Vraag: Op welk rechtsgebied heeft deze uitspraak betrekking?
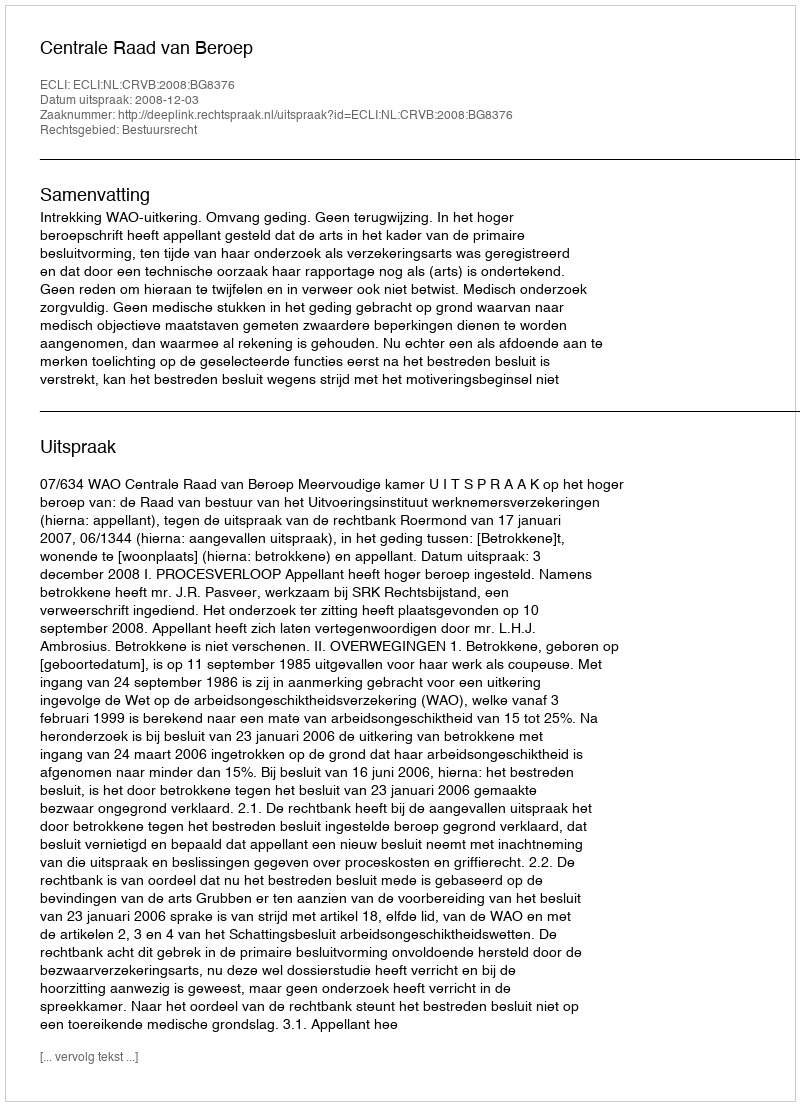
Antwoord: Bestuursrecht